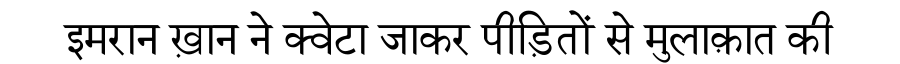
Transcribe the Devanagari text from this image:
इमरान ख़ान ने क्वेटा जाकर पीड़ितों से मुलाक़ात की